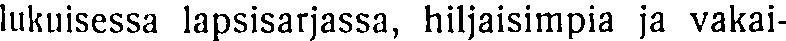
lukuisessa lapsisarjassa, hiljaisimpia ja vakai-